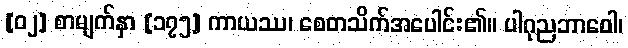
[၀၂] စာမျက်နှာ [၁၇၅] ကာယဿ၊ စေတသိက်အပေါင်း၏။ ပါဂုညဘာဝေါ၊